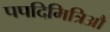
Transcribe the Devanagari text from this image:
पपदिमित्रिऔ